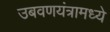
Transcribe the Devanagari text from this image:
उबवणयंत्रामध्ये